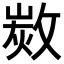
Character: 𢾡